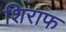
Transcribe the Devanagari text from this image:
शिराफ